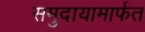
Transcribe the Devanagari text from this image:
समुदायामार्फत